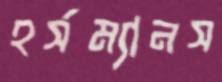
হর্সম্যানস